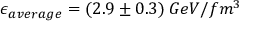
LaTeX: \epsilon _ { a v e r a g e } = ( 2 . 9 \pm 0 . 3 ) \: G e V / f m ^ { 3 }